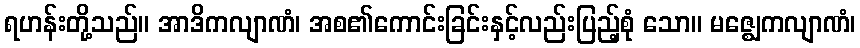
ရဟန်းတို့သည်။ အာဒိကလျာဏံ၊ အစ၏ကောင်းခြင်းနှင့်လည်းပြည့်စုံ သော။ မဇ္ဈေကလျာဏံ၊